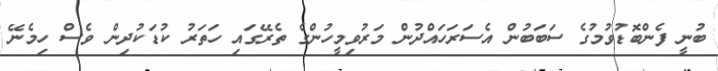
ބުނީ ފެންބޮޑުވުމުގެ ސަބަބުން އެސަރަހައްދުން މަރުވިމީހުންގެ ތެރޭގައި ހަތަރު ކުޑަކުދިން ވެސް ހިމެނޭ